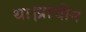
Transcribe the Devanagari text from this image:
था।प्राचीन